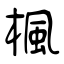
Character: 楓